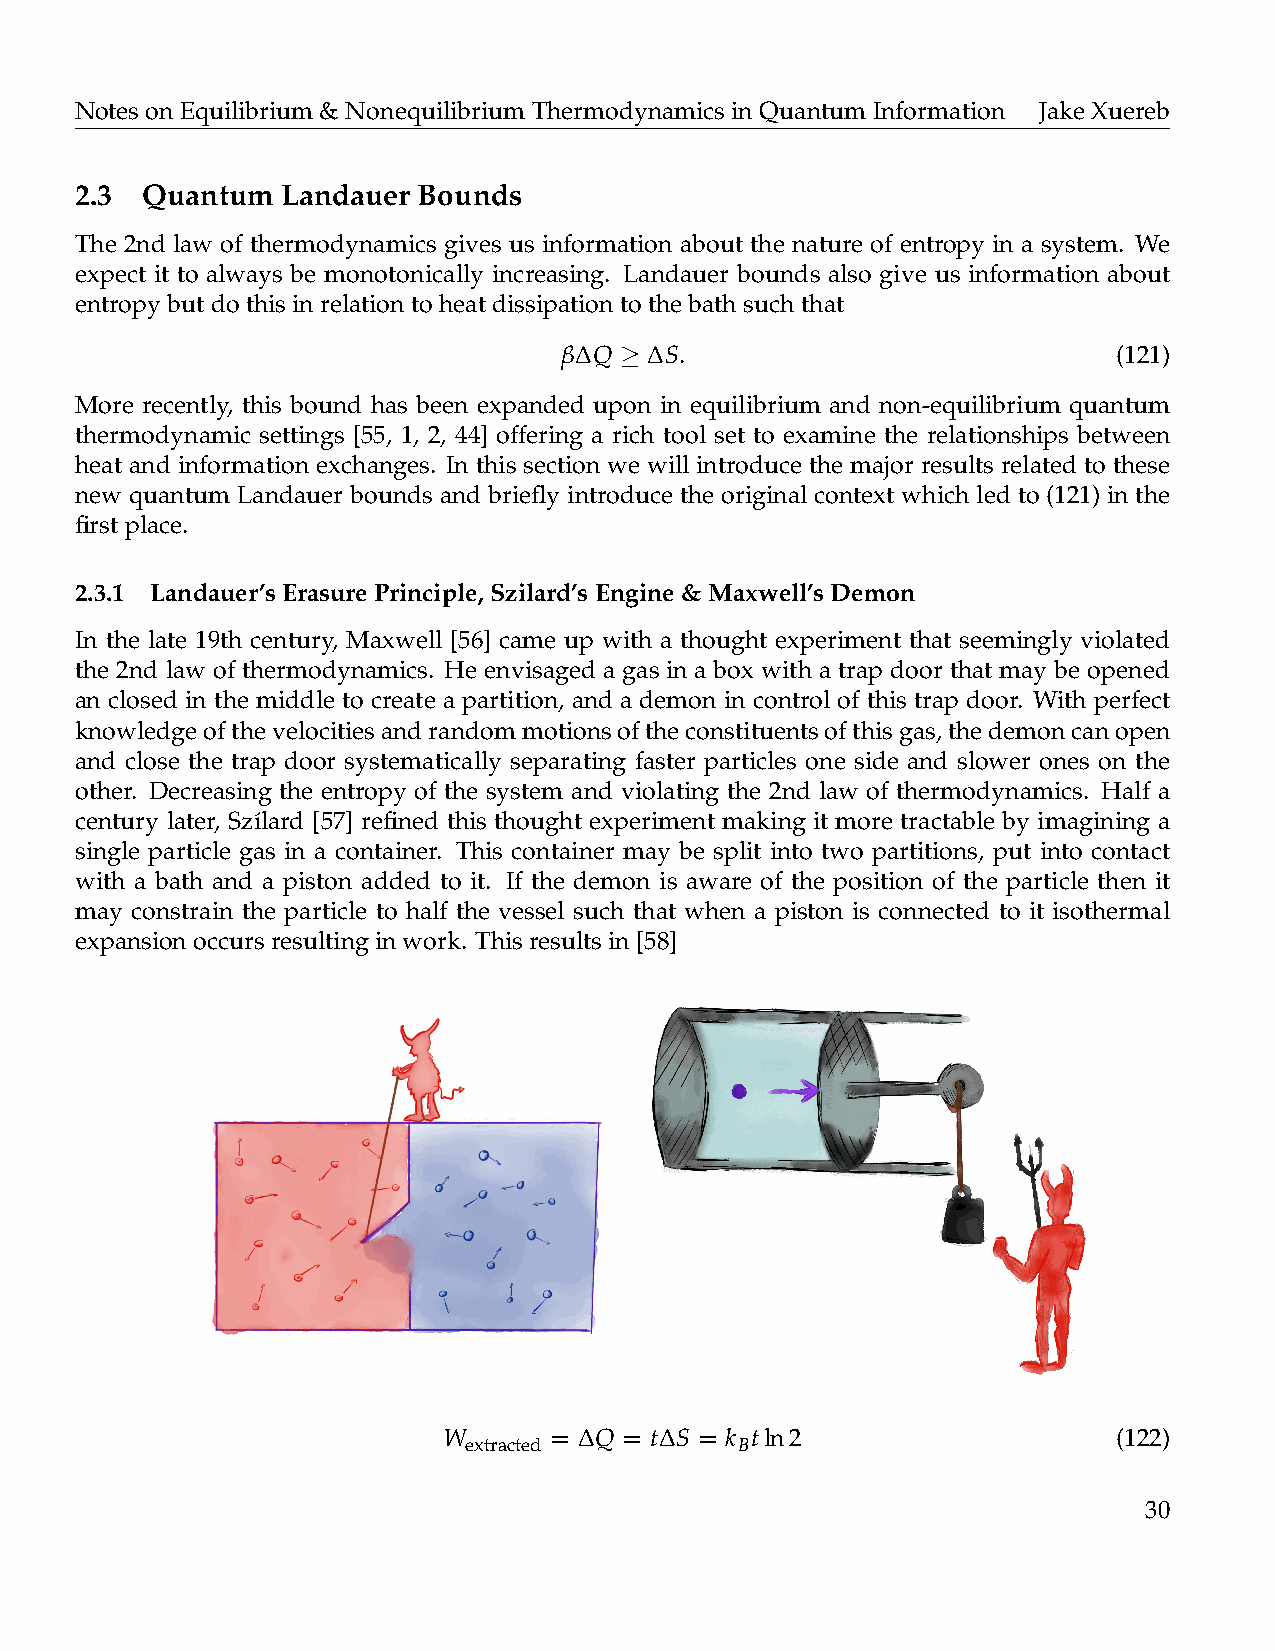
NotesonEquilibrium&NonequilibriumThermodynamicsinQuantumInformation JakeXuereb
 2.3 Quantum   Landauer Bounds
 The 2nd law of thermodynamics gives us information about the nature of entropy in a system. We
 expect it to always be monotonically increasing. Landauer bounds also give us information about
 entropybutdothisinrelationtoheatdissipationtothebathsuchthat
 β∆ Q ≥ ∆ S.                          (121)
 More recently, this bound has been expanded upon in equilibrium and non-equilibrium quantum
 thermodynamic settings [55, 1, 2, 44] offering a rich tool set to examine the relationships between
 heat and information exchanges. In this section we will introduce the major results related to these
 new quantum Landauer bounds and briefly introduce the original context which led to (121) in the
 firstplace.
 2.3.1 Landauer’sErasurePrinciple,Szilard’sEngine&Maxwell’sDemon
 In the late 19th century, Maxwell [56] came up with a thought experiment that seemingly violated
 the 2nd law of thermodynamics. He envisaged a gas in a box with a trap door that may be opened
 an closed in the middle to create a partition, and a demon in control of this trap door. With perfect
 knowledgeofthevelocitiesandrandommotionsoftheconstituentsofthisgas,thedemoncanopen
 and close the trap door systematically separating faster particles one side and slower ones on the
 other. Decreasing the entropy of the system and violating the 2nd law of thermodynamics. Half a
 century later, Sz´ılard [57] refined this thought experiment making it more tractable by imagining a
 single particle gas in a container. This container may be split into two partitions, put into contact
 with a bath and a piston added to it. If the demon is aware of the position of the particle then it
 may constrain the particle to half the vessel such that when a piston is connected to it isothermal
 expansionoccursresultinginwork. Thisresultsin[58]
 W      = ∆ Q = t∆ S = k tln2                 (122)
 extracted         B
 30